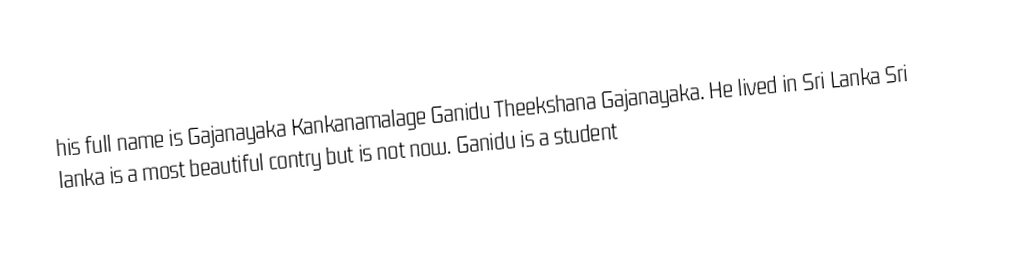
his full name is Gajanayaka Kankanamalage Ganidu Theekshana Gajanayaka. He lived in Sri Lanka Sri lanka is a most beautiful contry but is not now. Ganidu is a student